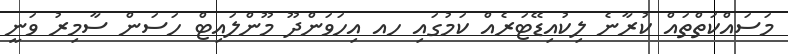
މަސައްކަތްތައް ކުރާނެ ލިކުއިޑޭޓަރެއް ކަމުގައި ހއ އިހަވަންދޫ މޫންލައިޓް ހަސަން ސާމިރު ވަނީ